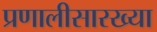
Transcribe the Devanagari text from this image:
प्रणालीसारख्या